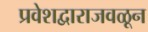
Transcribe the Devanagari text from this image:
प्रवेशद्वाराजवळून